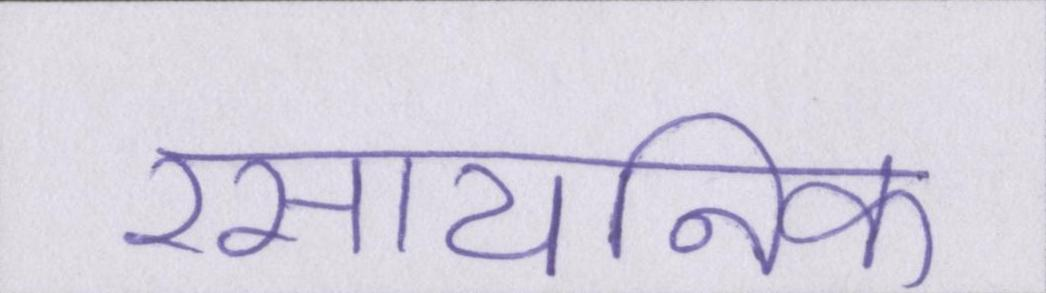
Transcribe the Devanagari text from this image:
रसायनिक